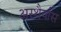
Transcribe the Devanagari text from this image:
अस्थैर्यास